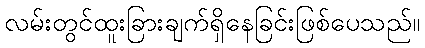
လမ်းတွင်ထူးခြားချက်ရှိနေခြင်းဖြစ်ပေသည်။